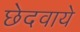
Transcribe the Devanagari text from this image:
छेदवाये